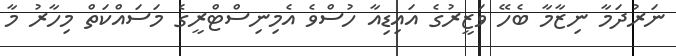
ނަރުދަމާ ނިޒާމާ ބެހޭ ވަޒީރުގެ އައިޑިއާ ހުސްވެ އެމިނިސްޓްރީގެ މަސައްކަތް މިހާރު މާ